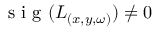
\textrm { s i g } ( { L } _ { ( x , y , \omega ) } ) \ne 0